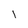
Character: l